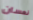
نعسان